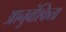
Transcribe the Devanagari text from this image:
आनुवंश्किता